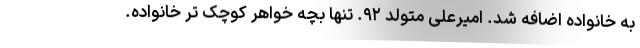
به خانواده اضافه شد. امیرعلی متولد ۹۲. تنها بچه خواهر کوچک تر خانواده.